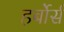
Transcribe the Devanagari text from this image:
हर्बोर्स